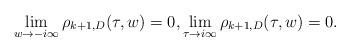
LaTeX: \begin{align*}\lim_{w \to -i\infty} \rho_{k+1,D}(\tau,w) = 0, \lim_{\tau \to i\infty} \rho_{k+1,D}(\tau,w) = 0.\end{align*}